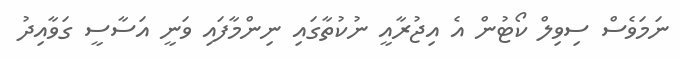
ނަމަވެސް ސިވިލް ކޯޓުން އެ އިޖުރާއީ ނުކުތާގައި ނިންމާފައި ވަނީ އަސާސީ ގަވާއިދު